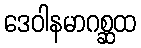
ဒေဝါနမာဂစ္ဆထ